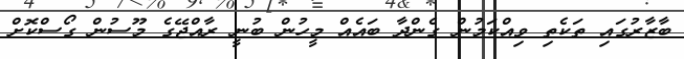
ބާޒާރުގައި ތަކެތި ވިއްކަމުން ގެންދާ ބައެއް މީހުން ބުނީ ރާއްޖޭގެ މޫސުން ގޯސްކޮށް